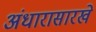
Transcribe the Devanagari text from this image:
अंधारासारखे